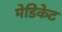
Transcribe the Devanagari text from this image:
मेडिकेट